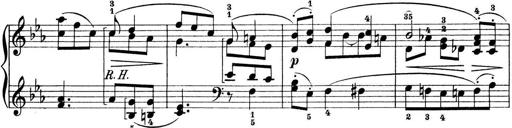
Title: Preis-Sonatine
Composer: Ernst James Bremner